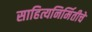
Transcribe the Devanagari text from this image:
साहित्यनिर्मितीचे